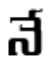
నే